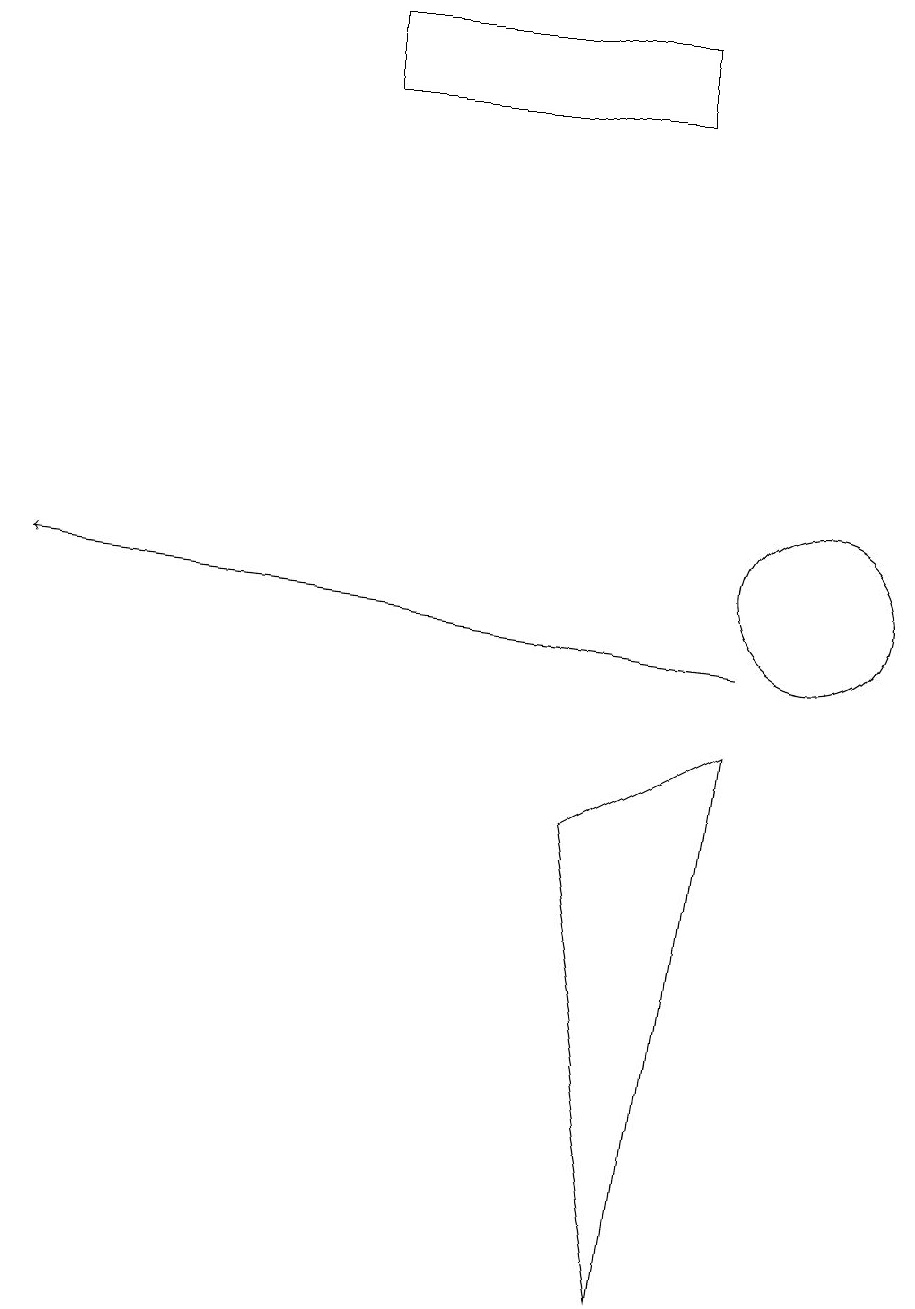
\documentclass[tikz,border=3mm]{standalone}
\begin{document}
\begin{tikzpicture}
\draw (9,9) -- (8,2) -- (7,8) -- cycle;
\draw (4,18) rectangle (8,17);
\draw (10,11) circle (1);
\draw[->] (9,10) -- (0,11);
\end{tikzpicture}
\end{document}